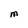
Character: m